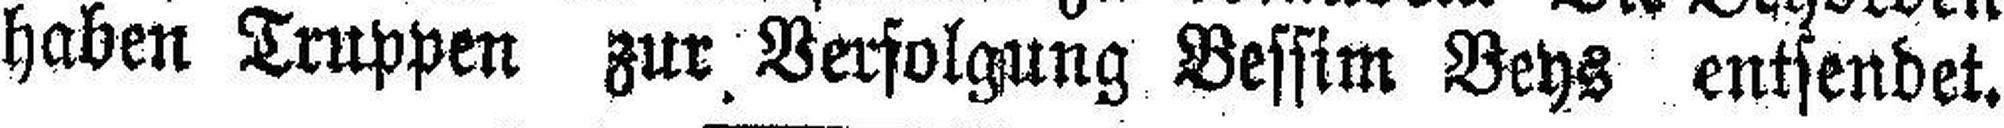
haben Truppen zur Verfolgung Bessim Beys entsendet.